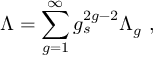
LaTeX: \Lambda = \sum _ { g = 1 } ^ { \infty } g _ { s } ^ { 2 g - 2 } \Lambda _ { g } ~ ,